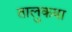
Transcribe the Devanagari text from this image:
तालुकया